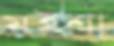
মইশা